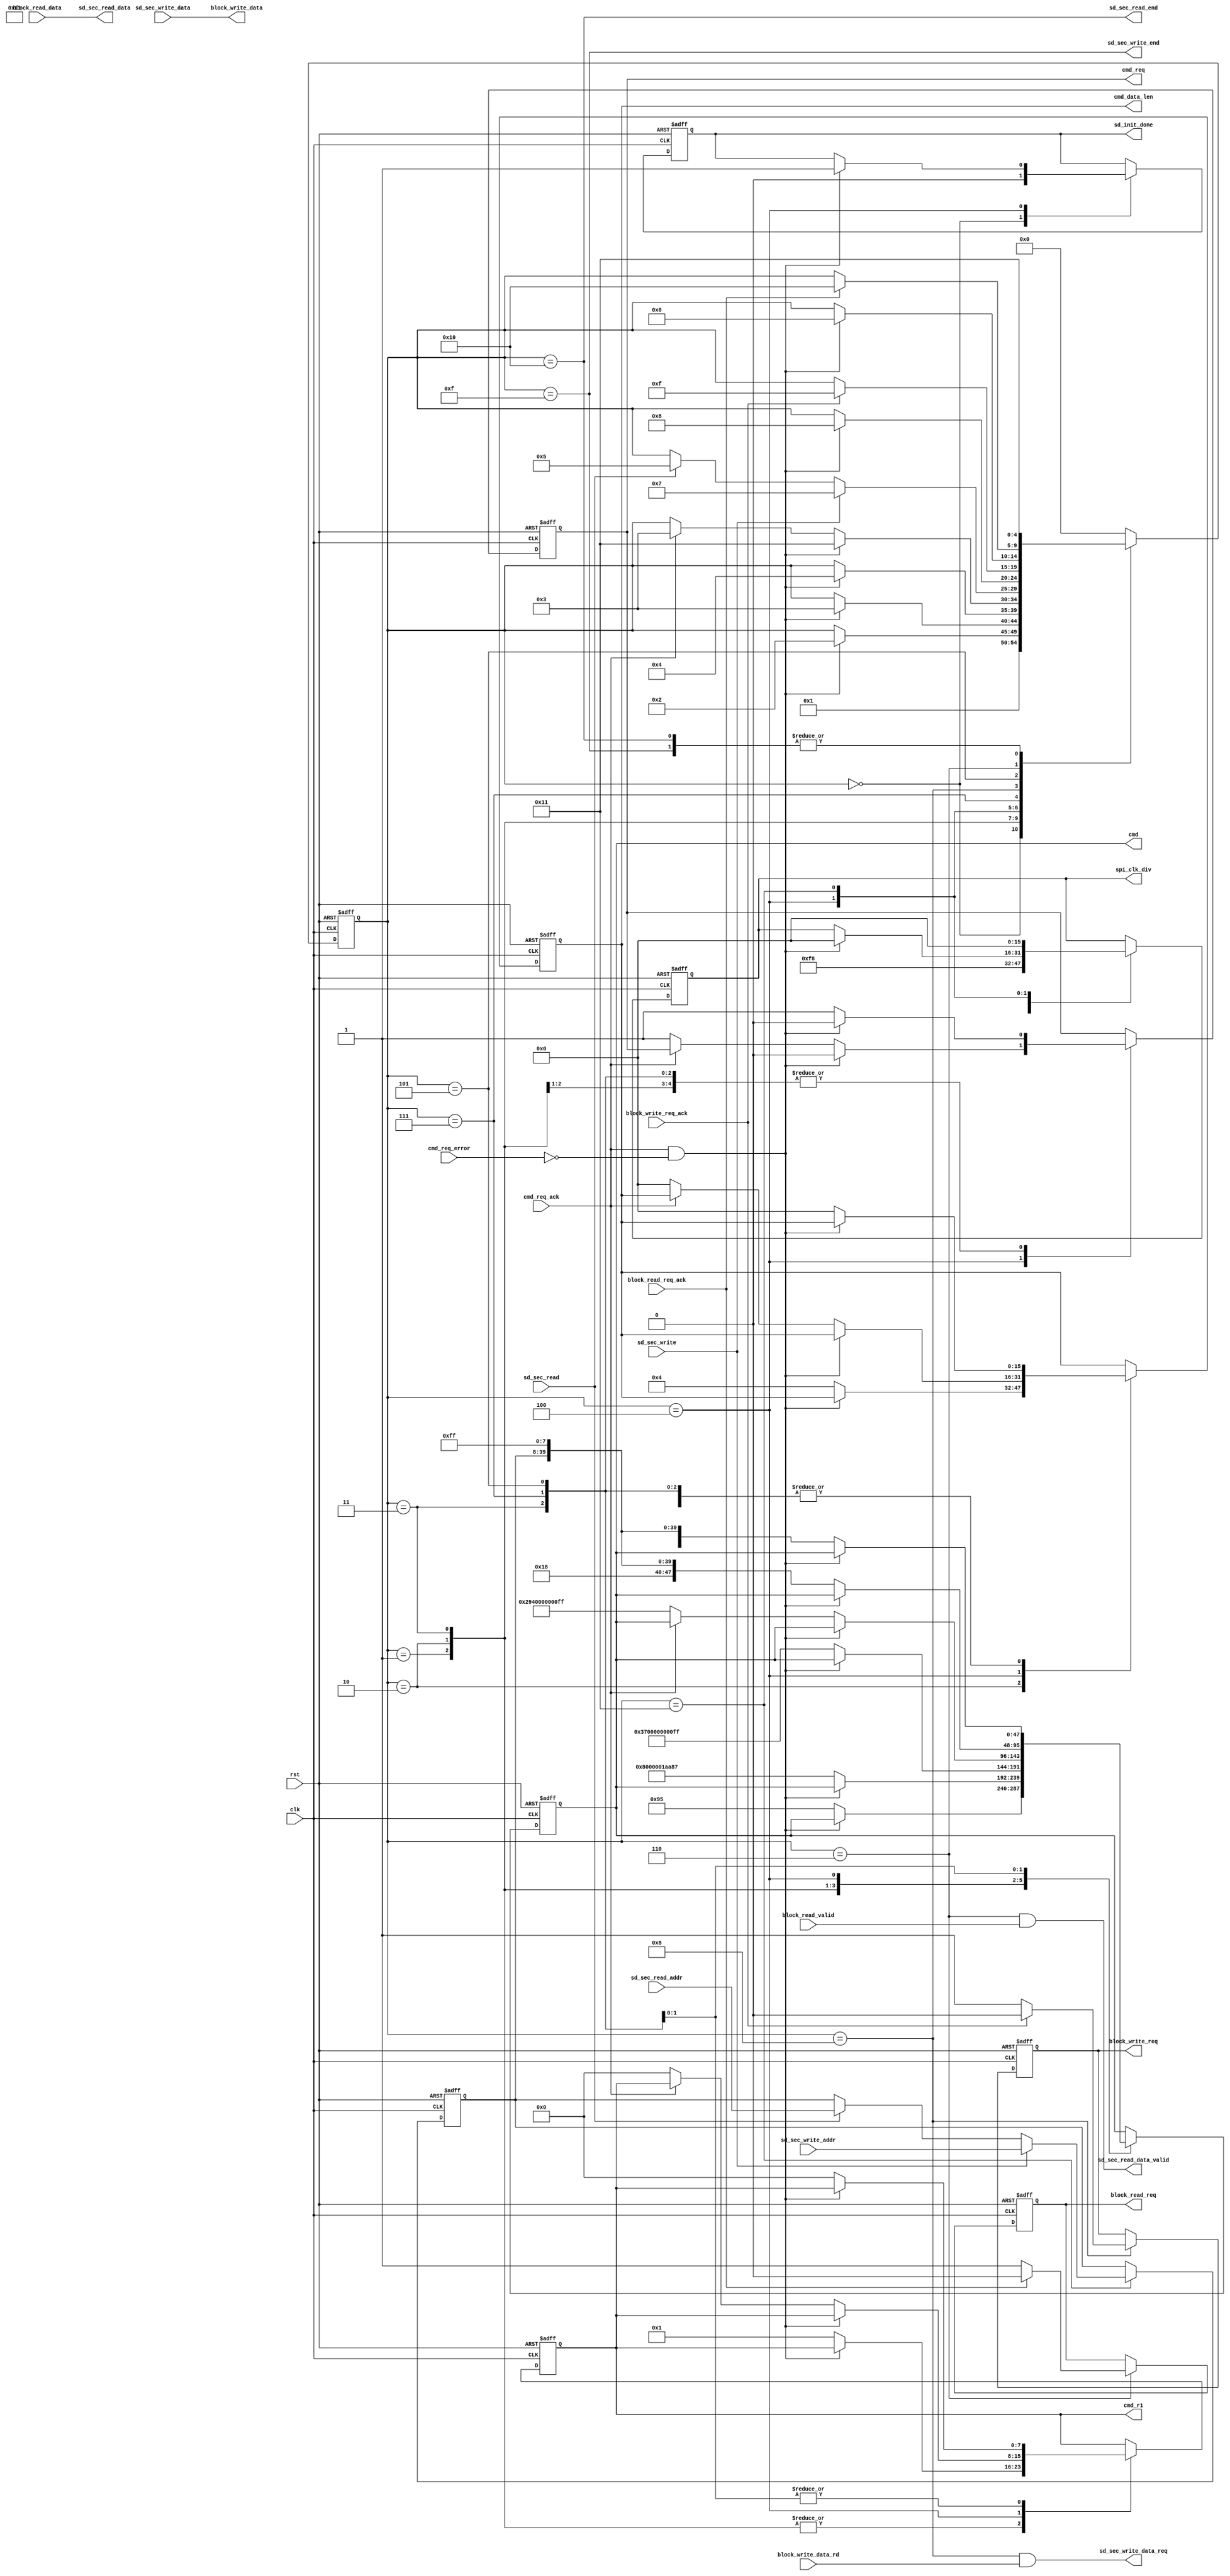
module sd_card_sec_read_write
#(
	parameter  SPI_LOW_SPEED_DIV = 248,         // spi clk speed = clk speed /((SPI_LOW_SPEED_DIV + 2) * 2 )
	parameter  SPI_HIGH_SPEED_DIV = 0           // spi clk speed = clk speed /((SPI_HIGH_SPEED_DIV + 2) * 2 )
)
(
    input            clk,
    input            rst,
	output reg       sd_init_done,
	input            sd_sec_read,
	input[31:0]      sd_sec_read_addr,
	output[7:0]      sd_sec_read_data,
	output           sd_sec_read_data_valid,
	output           sd_sec_read_end,
	input            sd_sec_write,
	input[31:0]      sd_sec_write_addr,
	input[7:0]       sd_sec_write_data,
	output           sd_sec_write_data_req,
	output           sd_sec_write_end,
	
	output reg[15:0] spi_clk_div,
	output reg       cmd_req,
	input            cmd_req_ack,
	input            cmd_req_error,
	output reg[47:0] cmd,
	output reg[7:0]  cmd_r1,
	output reg[15:0] cmd_data_len,
	output reg       block_read_req,
	input            block_read_valid,
	input[7:0]       block_read_data,
	input            block_read_req_ack,
	output reg       block_write_req,
	output[7:0]      block_write_data,
	input            block_write_data_rd,
	input            block_write_req_ack
);
reg[7:0] read_data;
reg[31:0] timer;

localparam S_IDLE               = 0;
localparam S_CMD0               = 1;
localparam S_CMD8               = 2;
localparam S_CMD55              = 3;
localparam S_CMD41              = 4;
localparam S_CMD17              = 5;
localparam S_READ               = 6;
localparam S_CMD24              = 7;
localparam S_WRITE              = 8;
localparam S_ERR                = 14;
localparam S_WRITE_END          = 15;
localparam S_READ_END           = 16;
localparam S_WAIT_READ_WRITE    = 17;

reg[4:0]                       state;
reg[31:0]                      sec_addr;
assign sd_sec_read_data_valid = (state == S_READ) && block_read_valid;
assign sd_sec_read_data = block_read_data;
assign sd_sec_read_end = (state == S_READ_END);
assign sd_sec_write_data_req = (state == S_WRITE) && block_write_data_rd;
assign block_write_data = sd_sec_write_data;
assign sd_sec_write_end = (state == S_WRITE_END);

always@(posedge clk or posedge rst)
begin
	if(rst == 1'b1)
	begin
		state <= S_IDLE;
		cmd_req <= 1'b0;
		cmd_data_len <= 16'd0;
		cmd_r1 <= 8'd0;
		cmd <= 48'd0;
		spi_clk_div <= SPI_LOW_SPEED_DIV[15:0];
		block_write_req <= 1'b0;
		block_read_req <= 1'b0;
		sec_addr <= 32'd0;
		sd_init_done <= 1'b0;
	end
	else
		case(state)
			S_IDLE:
			begin
				state <= S_CMD0;
				sd_init_done <= 1'b0;
				spi_clk_div <= SPI_LOW_SPEED_DIV[15:0];
			end
			S_CMD0:
			begin
				if(cmd_req_ack & ~cmd_req_error)
				begin
					state <= S_CMD8;
					cmd_req <= 1'b0;
				end
				else
				begin
					cmd_req <= 1'b1;
					cmd_data_len <= 16'd0;
					cmd_r1 <= 8'h01;
					cmd <= {8'd0,8'h00,8'h00,8'h00,8'h00,8'h95};
				end		
			end
			S_CMD8:
			begin
				if(cmd_req_ack & ~cmd_req_error)
				begin
					state <= S_CMD55;
					cmd_req <= 1'b0;
				end
				else
				begin
					cmd_req <= 1'b1;
					cmd_data_len <= 16'd4;
					cmd_r1 <= 8'h01;
					cmd <= {8'd8,8'h00,8'h00,8'h01,8'haa,8'h87};
				end					
			end
			S_CMD55:
			begin
				if(cmd_req_ack & ~cmd_req_error)
				begin
					state <= S_CMD41;
					cmd_req <= 1'b0;
				end
				else
				begin
					cmd_req <= 1'b1;
					cmd_data_len <= 16'd0;
					cmd_r1 <= 8'h01;
					cmd <= {8'd55,8'h00,8'h00,8'h00,8'h00,8'hff};
				end					
			end
			S_CMD41:
			begin
				if(cmd_req_ack & ~cmd_req_error)
				begin
					state <= S_WAIT_READ_WRITE;
					cmd_req <= 1'b0;
					sd_init_done <= 1'b1;
					spi_clk_div <= SPI_HIGH_SPEED_DIV[15:0];
				end
				else if(cmd_req_ack)
				begin
					state <= S_CMD55;
				end
				else
				begin
					cmd_req <= 1'b1;
					cmd_data_len <= 16'd0;
					cmd_r1 <= 8'h00;
					cmd <= {8'd41,8'h40,8'h00,8'h00,8'h00,8'hff};
				end					
			end
			S_WAIT_READ_WRITE:
			begin
				if(sd_sec_write ==  1'b1)
				begin
					state <= S_CMD24;
					sec_addr <= sd_sec_write_addr;
				end
				else if(sd_sec_read == 1'b1)
				begin
					state <= S_CMD17;
					sec_addr <= sd_sec_read_addr;
				end
				
				spi_clk_div <= 16'd0;
			end
			S_CMD24:
			begin
				if(cmd_req_ack & ~cmd_req_error)
				begin
					state <= S_WRITE;
					cmd_req <= 1'b0;
				end
				else
				begin
					cmd_req <= 1'b1;
					cmd_data_len <= 16'd0;
					cmd_r1 <= 8'h00;
					cmd <= {8'd24,sec_addr,8'hff};
					
				end					
			end
			S_WRITE:
			begin
				if(block_write_req_ack == 1'b1)
				begin
					block_write_req <= 1'b0;
					state <= S_WRITE_END;
				end
				else
					block_write_req <= 1'b1;
			end
			S_CMD17:
			begin
				if(cmd_req_ack & ~cmd_req_error)
				begin
					state <= S_READ;
					cmd_req <= 1'b0;
				end
				else
				begin
					cmd_req <= 1'b1;
					cmd_data_len <= 16'd0;
					cmd_r1 <= 8'h00;
					cmd <= {8'd17,sec_addr,8'hff};
				end					
			end
			S_READ:
			begin
				if(block_read_req_ack)
				begin
					state <= S_READ_END;
					block_read_req <= 1'b0;
				end
				else
				begin
					block_read_req <= 1'b1;
				end					
			end
			S_WRITE_END:
			begin
				state <= S_WAIT_READ_WRITE;
			end
			S_READ_END:
			begin
				state <= S_WAIT_READ_WRITE;
			end
			default:
				state <= S_IDLE;
		endcase
end 
endmodule